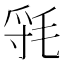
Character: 㲕